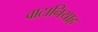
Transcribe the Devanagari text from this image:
वाटानियाह